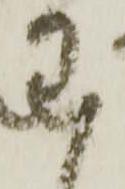
わ